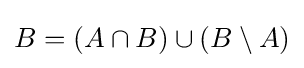
B=(A\cap B)\cup (B\setminus A)